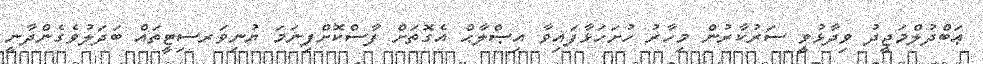
ޢަބްދުލްމަޖީދު ވިދާޅުވީ ސަރުކާރުން މިހާރު ހުށަހަޅާފައިވާ އިޞްލާޙް އެގޮތަށް ފާސްކޮށްފިނަަމަ ޔުނިވަރސިޓީތައް ބަދަލުވެގެންދާނީ